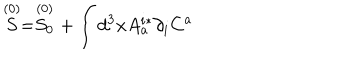
\stackrel { ( 0 ) } { S } = \stackrel { ( 0 ) } { S _ { 0 } } + \int d ^ { 3 } x A _ { a } ^ { i * } \partial _ { i } C ^ { a }